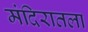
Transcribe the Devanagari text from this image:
मंदिरातला